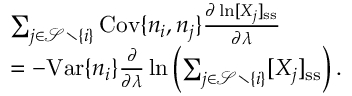
\begin{array} { r l } & { \sum _ { j \in \mathcal { S } \setminus \{ i \} } \mathrm { C o v } \{ n _ { i } , n _ { j } \} \frac { \partial \ln [ X _ { j } ] _ { \mathrm { s s } } } { \partial \lambda } } \\ & { = - \mathrm { V a r } \{ n _ { i } \} \frac { \partial } { \partial \lambda } \ln \left( \sum _ { j \in \mathcal { S } \setminus \{ i \} } [ X _ { j } ] _ { \mathrm { s s } } \right) . } \end{array}